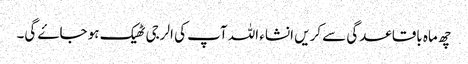
چھ ماہ باقاعدگی سے کریں انشاء اللہ آپ کی الرجی ٹھیک ہو جاۓ گی۔